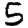
Digit: 5